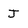
Character: J